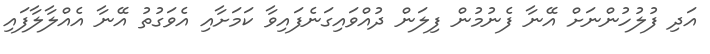
އަދި ފުލުހުންނަށް އޭނާ ފެނުމުން ފިލަން ދުއްވައިގަނެފައިވާ ކަމަށާއި އެވަގުތު އޭނާ އެއްލާލާފައި